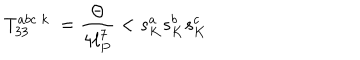
T _ { 3 3 } ^ { a b c \; k } \; = \frac { \Theta } { 4 \ell _ { P } ^ { 7 } } < s _ { K } ^ { a } s _ { K } ^ { b } s _ { K } ^ { c }